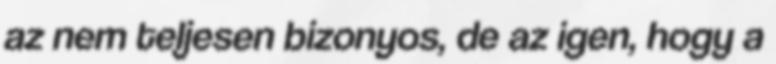
az nem teljesen bizonyos, de az igen, hogy a